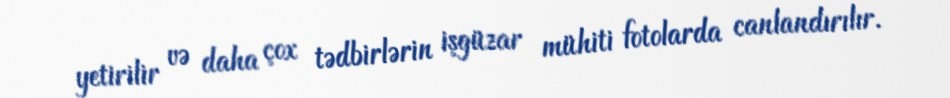
yetirilir və daha çox tədbirlərin işgüzar mühiti fotolarda canlandırılır.